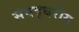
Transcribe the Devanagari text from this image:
संबद्धरोग